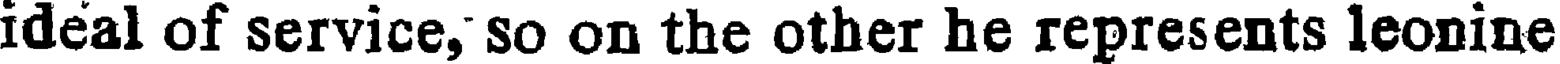
ideal of service, so on the other he represents leonine